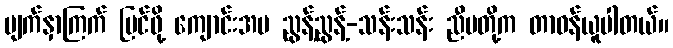
မျက်နှာကြက် ပြင်ဖို့ ကျောင်းအမ ညွန့်ညွန့်-သန်းသန်း ညီမတို့က တာဝန်ယူပါတယ်။